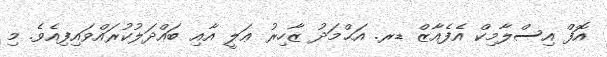
އޮފް އިސްލާމިކް އެފެއާޒް ޑރ. އަޙްމަދު ޒާހިރު ޢަލީ އާއި ބައްދަލުކުރައްވައިފިއެވެ. މި